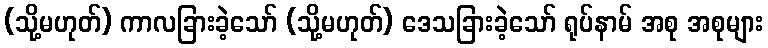
(သို့မဟုတ်) ကာလခြားခဲ့သော် (သို့မဟုတ်) ဒေသခြားခဲ့သော် ရုပ်နာမ် အစု အစုများ